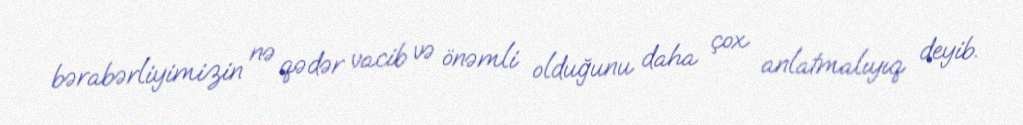
bərabərliyimizin nə qədər vacib və önəmli olduğunu daha çox anlatmalıyıq deyib.